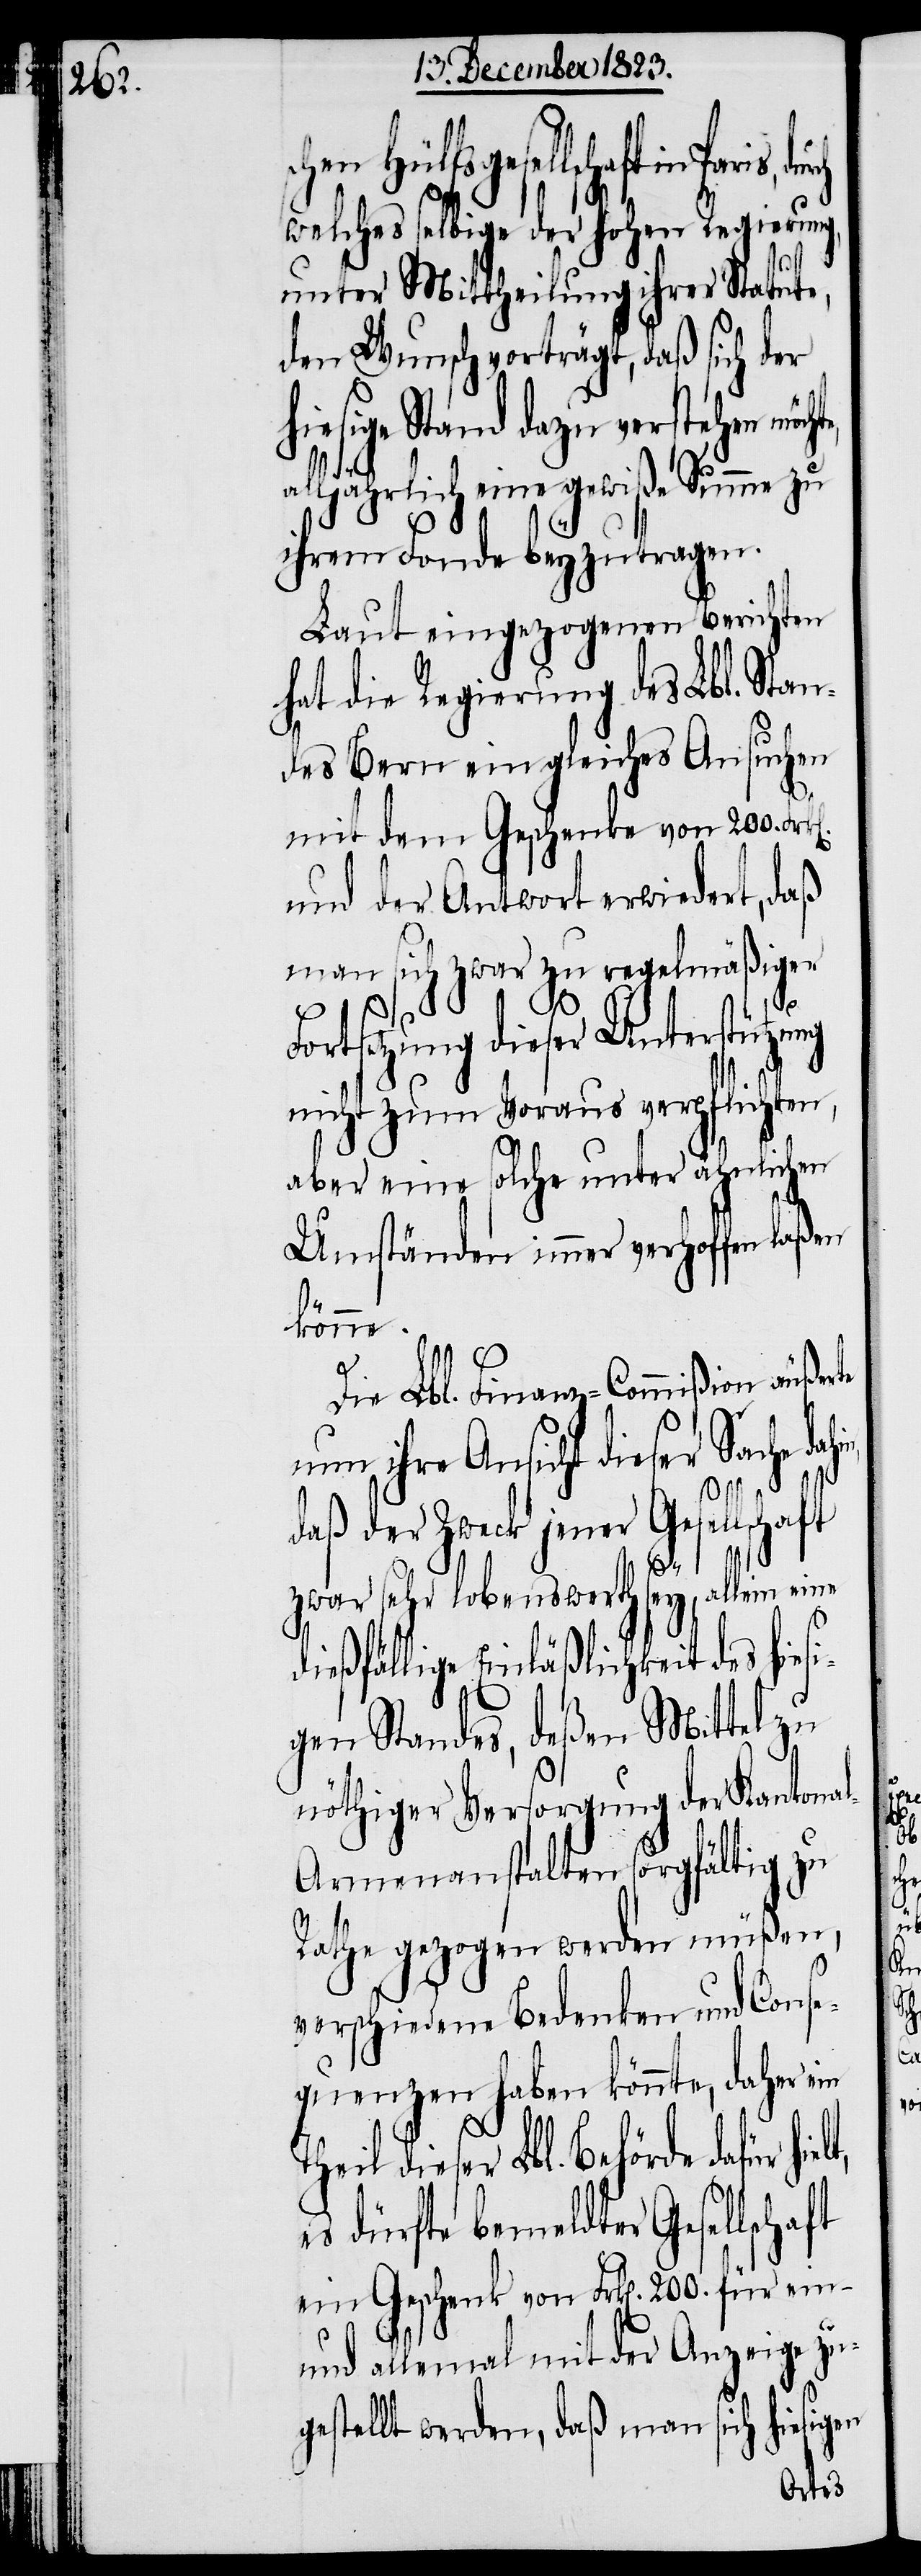
en Hülfsgesellschaft in
welches selbige der hohen Regierung,
unter Mittheilung ihrer Statute,
den Wunsch vorträgt, daß sich der
hiesige Stand dazu verstehen möch¬
te
alljährlich eine gewiße Summe zu
ihrem Fonde beyzutragen.
Laut eingezogenen Berichten
hat die Regierung des Lbl. Stan¬
des Bern ein gleiches Ansuchen
mit dem Geschenke von 200. Frk[e¬
und der Antwort erwiedert, daß
man sich zwar zu regelmäßiger
Fortsetzung dieser Unterstützung
nicht zum Voraus verpflichten,
aber eine solche unter ähnlichen
Umständen immer verhoffen laßen
könne.
Die Lbl. Finanz-Commißion äußer¬
nun ihre Ansicht dieser Sache
daß der Zweck jener Gesellsch¬
aft
zwar sehr lobenswerth sey, allein eine
dießfällige Einläßlichkeit des hies¬
igen Standes, deßen Mittel zu
nöthiger Versorgung der Kantona¬
l-Armenanstalten sorgfältig zu
Rathe gezogen werden müßen,
ft
verschiedene Bedenken und Conse¬
quenzen haben könnte, daher ein
Theil dieser Lbl. Behörde dafür
es dürfte bemeldter Gesellscha¬
ein Geschenk von Frk[en]. 200. für ein-
und allemal mit der Anzeige zu¬
gestellt werden, daß man sich hiesigen
Paris,